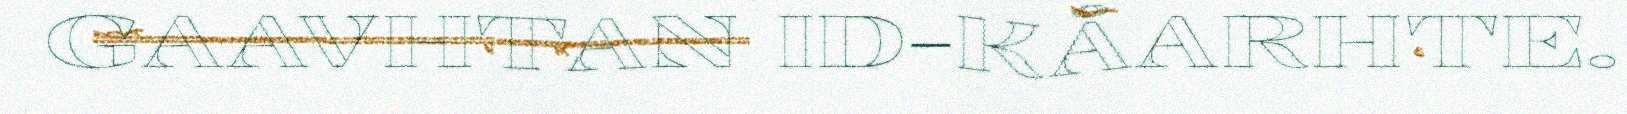
GAAVHTAN ID-KÅARHTE.